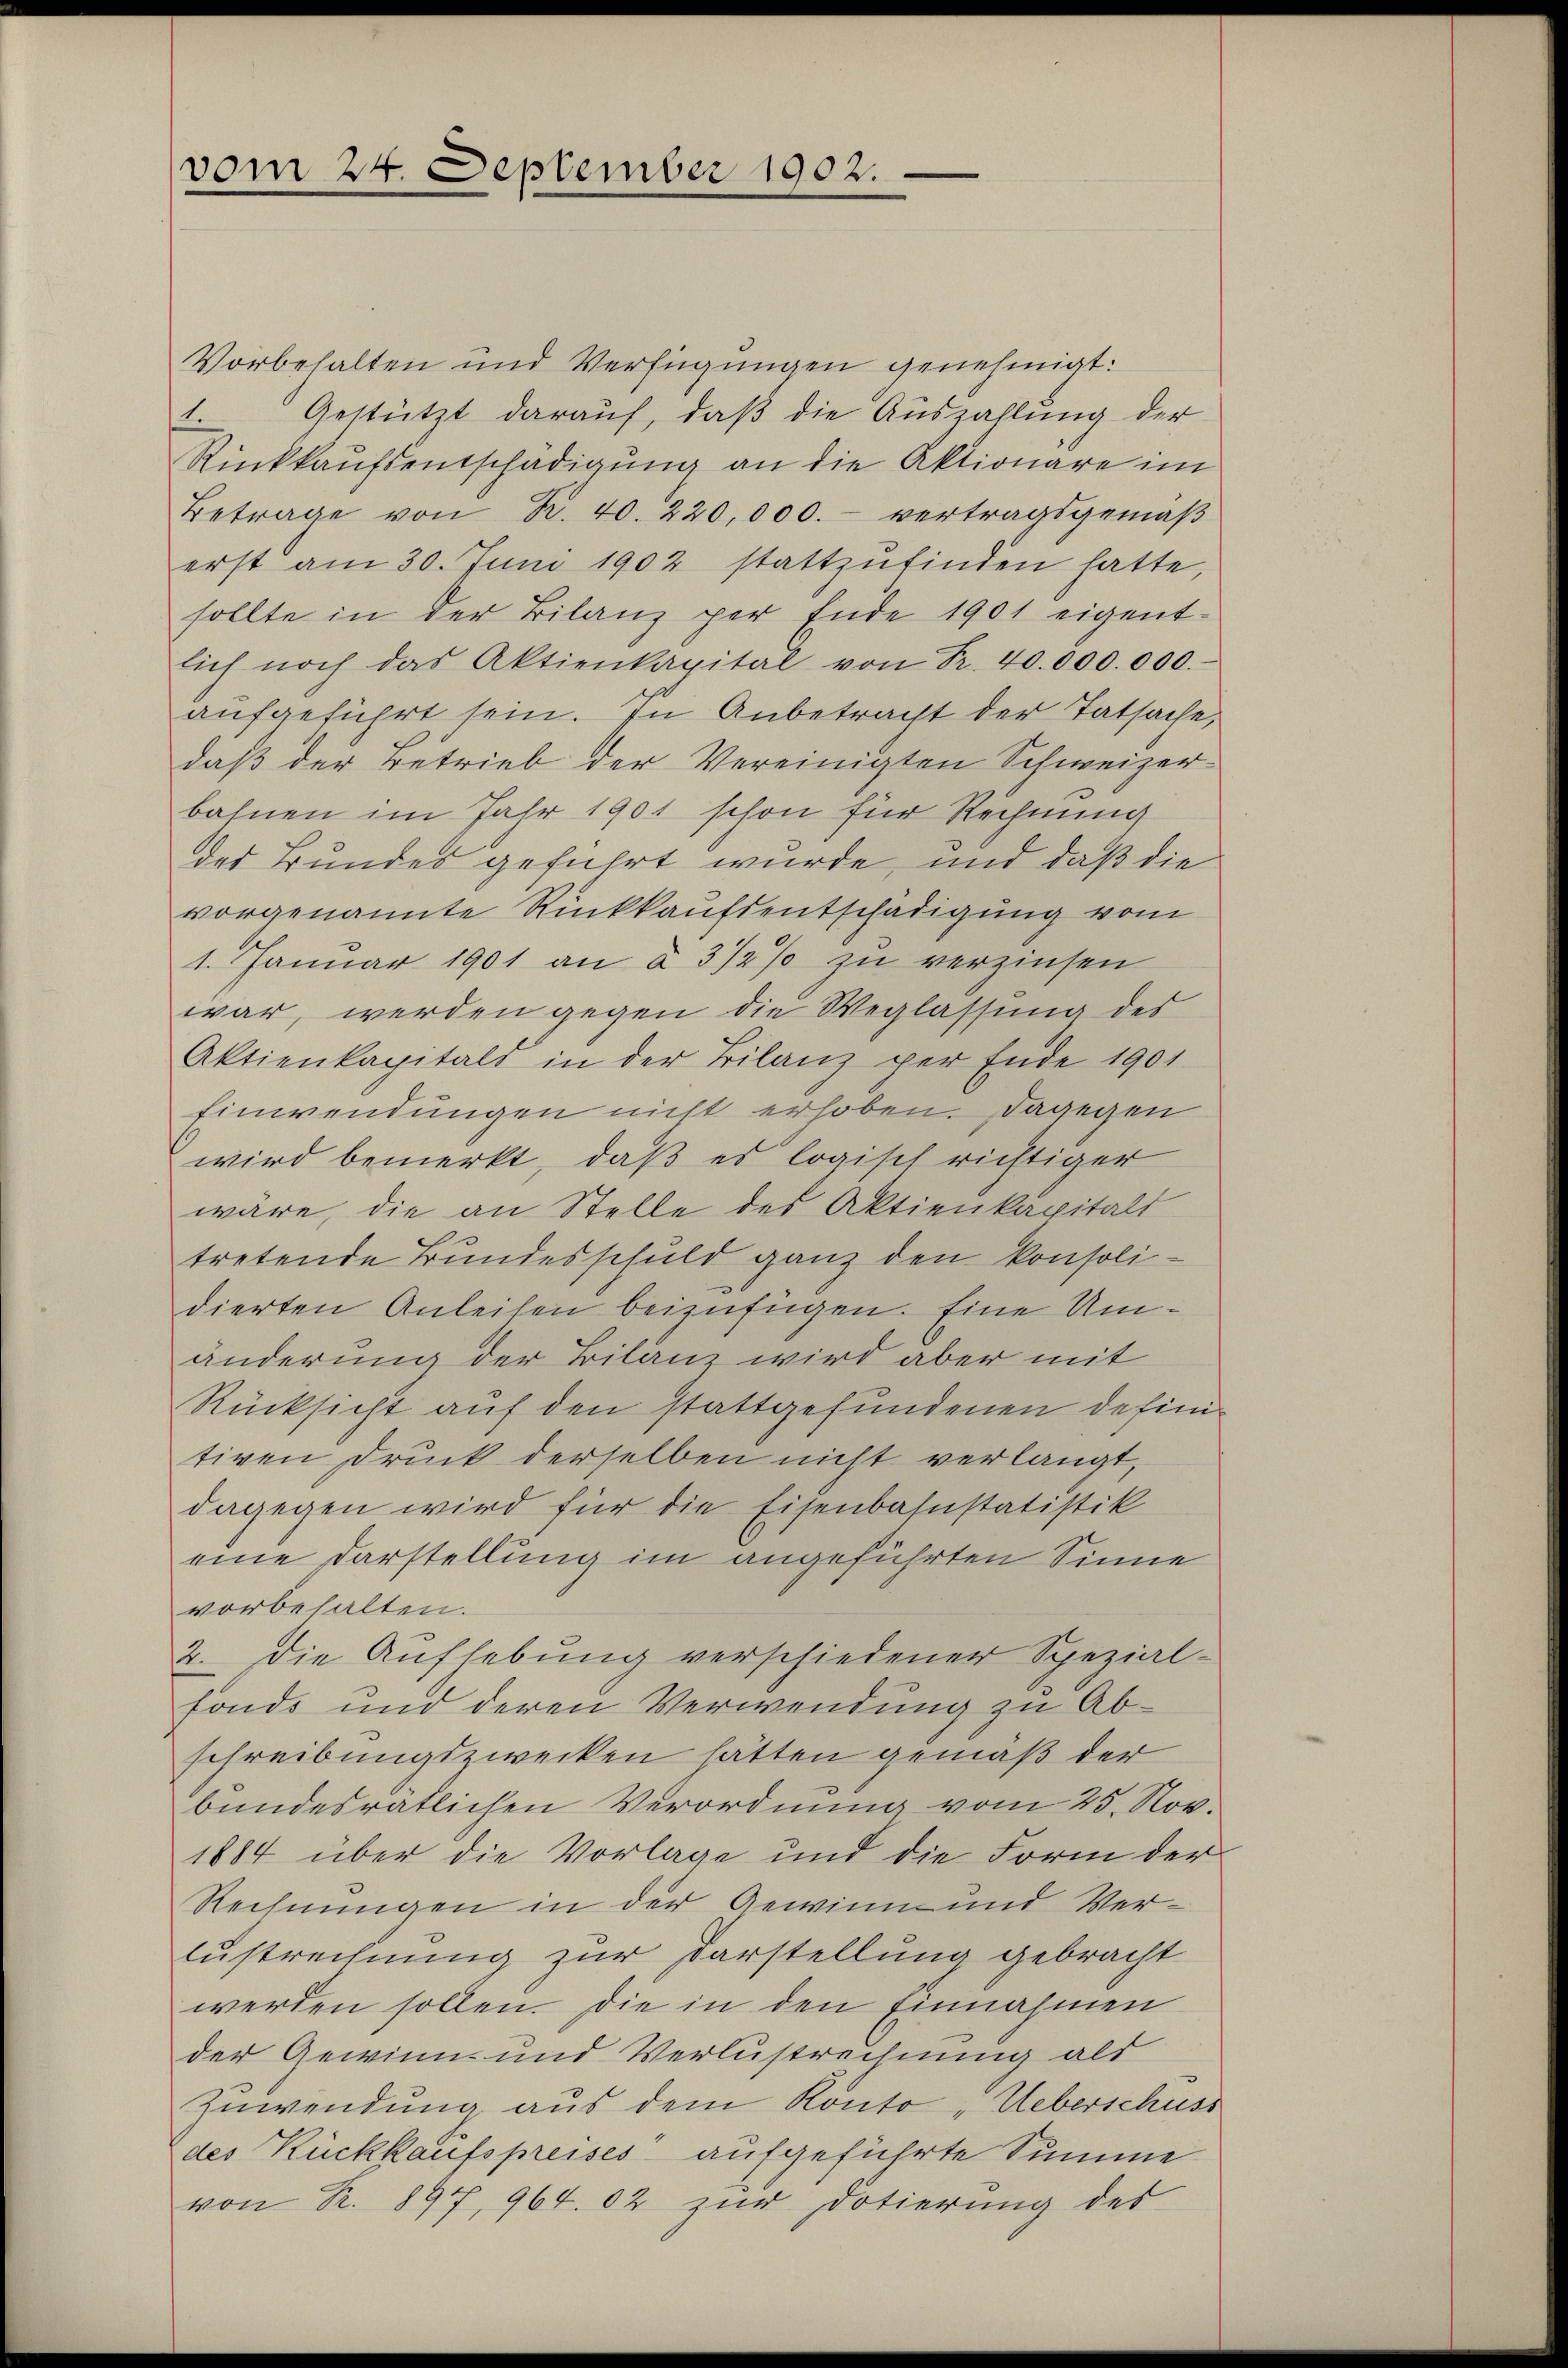
vom 24. September 1902.

Vorbehalten und Verfügungen genehmigt:
1 Gestützt darauf, daß die Auszahlung der
Rückkaŭfsentschädigung an die Aktionare im
Betrage von B. 40. 220,000.- vertragsgemäβ
erst am 30. Jŭni 1902 stattzŭfinden hatte,
sollte in der Bilanz per Ende 1901 eigent-
lich noch das Aktienkapital von Fr. 40.000.000.
aŭfgeführt sein. In Anbetracht der Tatsache,
daß der Betrieb der Vereinigten Schweizer-
bahnen im Jahr 1901 schon für Rechnung
der Bundes geführt wurde, und daß die
vorgenannte Rückkaufsentschädigung vom
1. Janŭar 1901 an à 3 1/2% zŭ verzinsen
war, werden gegen die Weglassung des
Aktienkapitals in der Filanz per Ende 1901
Einwendungen nicht erhoben. Dagegen
wird bemerkt, daß es logisch richtiger
wäre, die an Stelle des Aktienkapitalt
tretende Bundesschuld ganz den konsolidierten Anleisen beizufügen. Eine Umänderung der Bilanz wird aber mit
Rücksicht auf den stattgefundenen definitiven Druck derselben nicht verlangt,
dagegen wird für die Eisenbahnstatistik
eine Darstellung im angeführten Sinne
vorbehalten.
2. Die Aufhebung verschiedener Spezial-
fonds und deren Verwendung zu Abschreibungszwecken hätten gemäß der
bundesratlichen Verordnung vom 25. Nov.
1884 über die Vorlage und die Form der
Rechnungen in der Gewinn und Verlustrechnung zur Darstellung gebracht
werden sollen. Die in den Einnahmen
der Gewinn und Verlustrechnung als
Zuwendung aus dem Konto-Ueberschuss
des Rückkaufspreises aufgeführte Summe
von R. 897, 964.02 zur Dotierung des